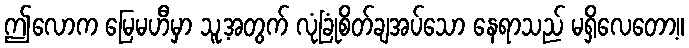
ဤလောက မြေမဟီမှာ သူ့အတွက် လုံခြုံစိတ်ချအပ်သော နေရာသည် မရှိလေတော့။